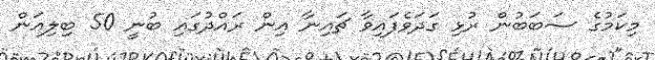
މިކަމުގެ ސަބަބުން ރުޅި ގަދަވެފައިވާ ޗައިނާ އިން ރައްދުގައި ބުނީ 50 ބިލިއަން